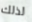
لذلك